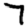
Digit: 7